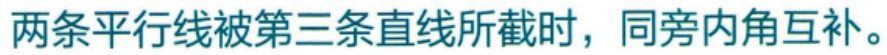
两条平行线被第三条直线所截时，同旁内角互补。